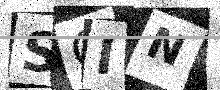
Text: SCIN